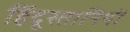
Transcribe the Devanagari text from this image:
हिंदूस्तानियों